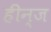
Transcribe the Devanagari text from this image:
हीन्ज